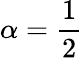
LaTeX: \alpha=\frac 12